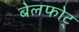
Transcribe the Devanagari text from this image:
बेलफोट्